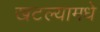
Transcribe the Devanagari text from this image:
खटल्यामधे